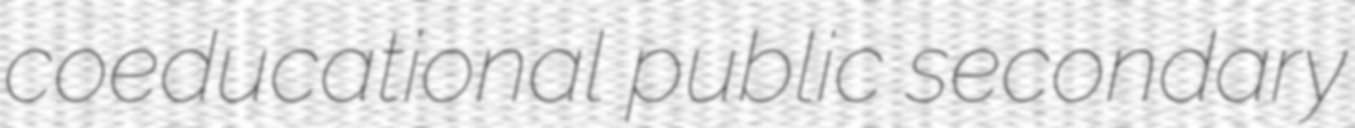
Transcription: coeducational public secondary